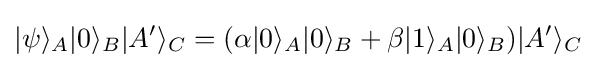
|\psi \rangle _{A}|0\rangle _{B}|A'\rangle _{C}=(\alpha |0\rangle _{A}|0\rangle _{B}+\beta |1\rangle _{A}|0\rangle _{B})|A'\rangle _{C}